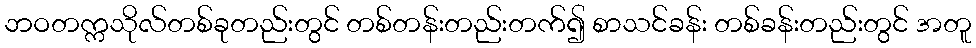
ဘဝတက္ကသိုလ်တစ်ခုတည်းတွင် တစ်တန်းတည်းတက်၍ စာသင်ခန်း တစ်ခန်းတည်းတွင် အတူ